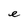
Character: e